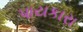
પાયકારા